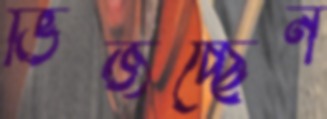
ভিজচ্ছেন